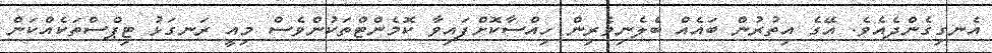
އެނގިގެންދެއެވެ. އޭގެ އިތުރުން ބައެއް ބެލެނިވެރިން ހިއްސާކޮށްފައިވާ ކޮމެންޓްތަކުންވެސް މިއީ ރަނގަޅު ޓިޕްސްތަކެއްކަން